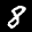
Label: 8